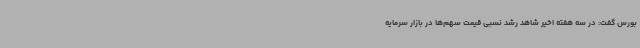
بورس گفت: در سه هفته اخیر شاهد رشد نسبی قیمت سهم‌ها در بازار سرمایه